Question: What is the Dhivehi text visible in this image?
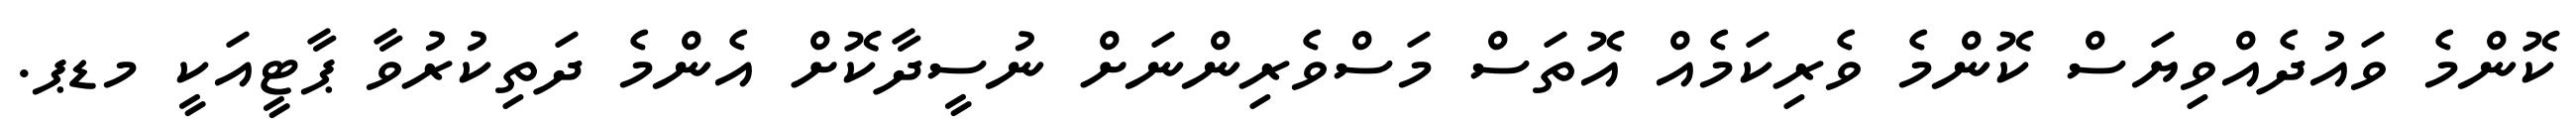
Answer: ކޮންމެ ވައުދެއްވިޔަސް ކޮންމެ ވެރިކަމެއް އޮތަސް މަސްވެރިންނަށް ނުސީދާކޮށް އެންމެ ދަތިކުރުވާ ޕާޓީއަކީ މޑޕ.